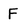
Character: F